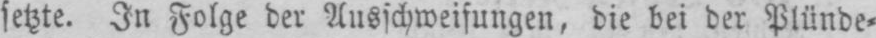
setzte. In Folge der Ausschweifungen, die bei der Plünde⸗